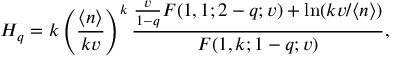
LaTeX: H _ { q } = k \left( \frac { \langle n \rangle } { k v } \right) ^ { k } \frac { \frac { v } { 1 - q } F ( 1 , 1 ; 2 - q ; v ) + \ln ( k v / \langle n \rangle ) } { F ( 1 , k ; 1 - q ; v ) } ,